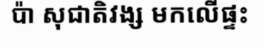
ប៉ា សុជាតិវង្ស មកលើផ្ទះ